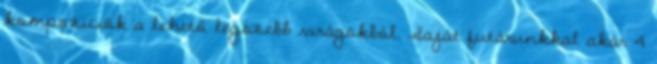
kompozíciók a lehető legszebb virágokból. Saját futárunkkal akár 4